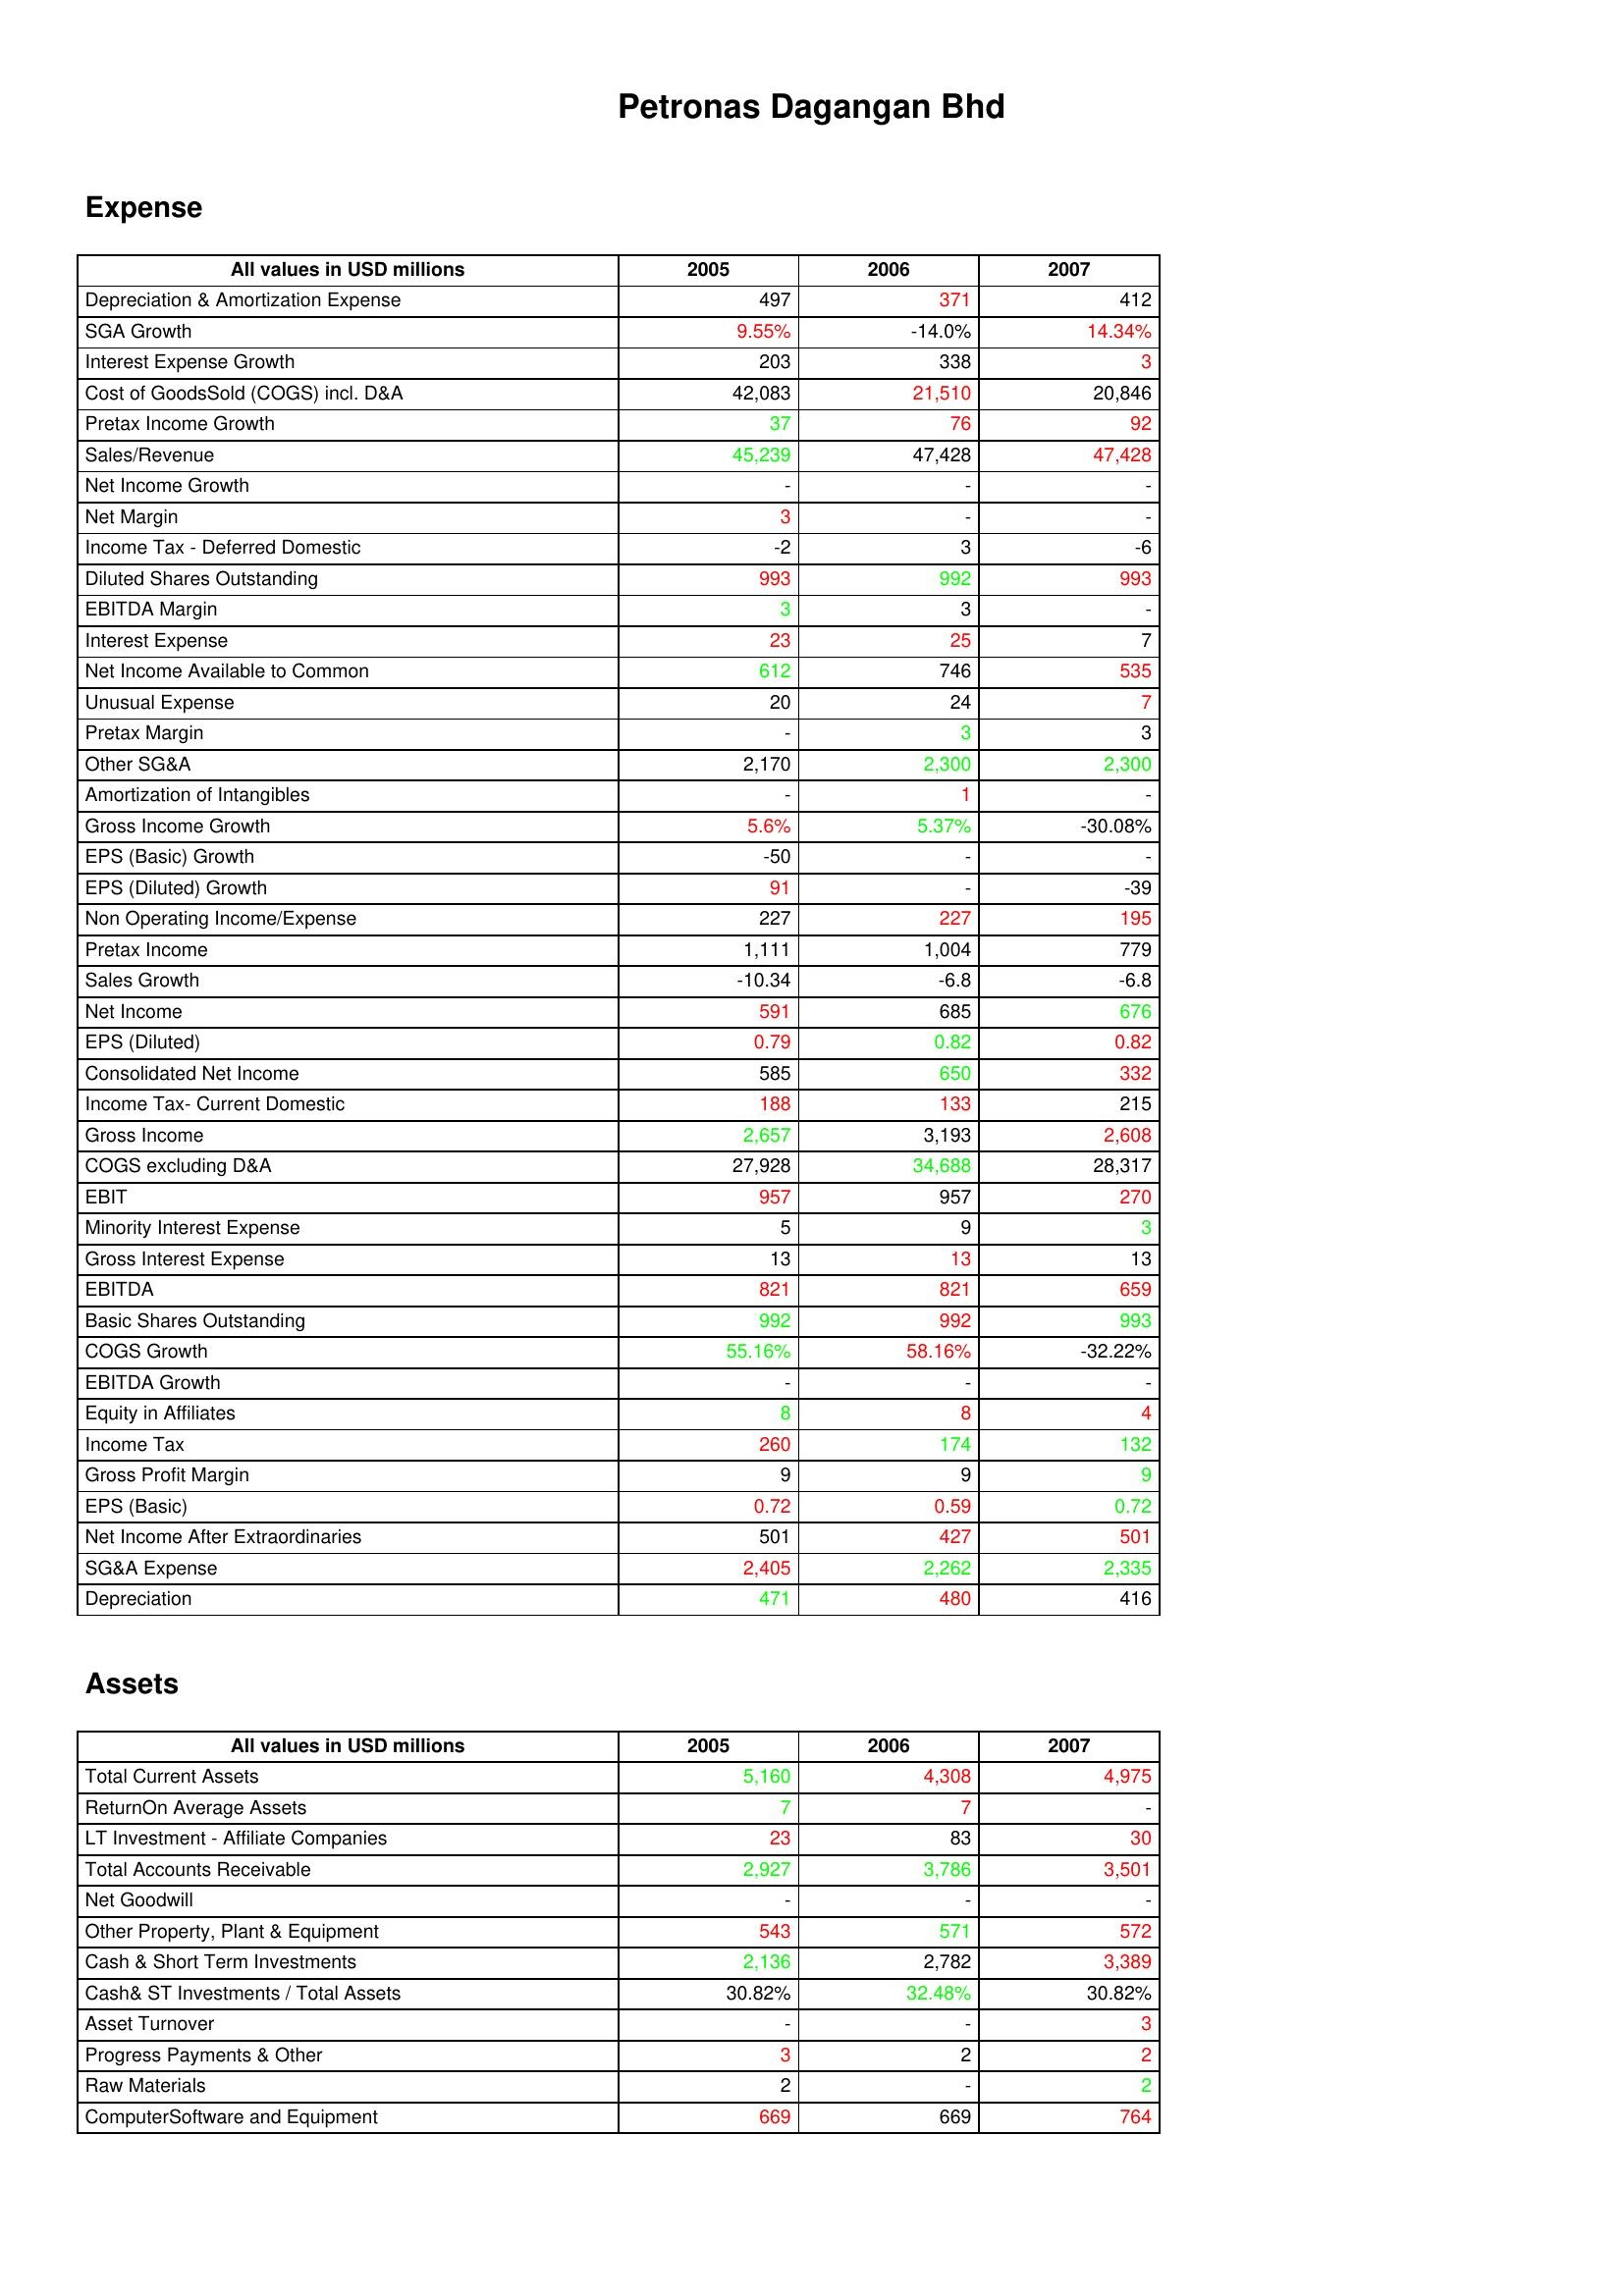
gt_parse: 2005: Expense: Depreciation & Amortization Expense: 497
SGA Growth: 9.55%
Interest Expense Growth: 203
Cost of GoodsSold (COGS) incl. D&A: 42,083
Pretax Income Growth: 37
Sales/Revenue: 45,239
Net Income Growth: -
Net Margin: 3
Income Tax - Deferred Domestic: -2
Diluted Shares Outstanding: 993
EBITDA Margin: 3
Interest Expense: 23
Net Income Available to Common: 612
Unusual Expense: 20
Pretax Margin: -
Other SG&A: 2,170
Amortization of Intangibles: -
Gross Income Growth: 5.6%
EPS (Basic) Growth: -50
EPS (Diluted) Growth: 91
Non Operating Income/Expense: 227
Pretax Income: 1,111
Sales Growth: -10.34
Net Income: 591
EPS (Diluted): 0.79
Consolidated Net Income: 585
Income Tax- Current Domestic: 188
Gross Income: 2,657
COGS excluding D&A: 27,928
EBIT: 957
Minority Interest Expense: 5
Gross Interest Expense: 13
EBITDA: 821
Basic Shares Outstanding: 992
COGS Growth: 55.16%
EBITDA Growth: -
Equity in Affiliates: 8
Income Tax: 260
Gross Profit Margin: 9
EPS (Basic): 0.72
Net Income After Extraordinaries: 501
SG&A Expense: 2,405
Depreciation: 471
Assets: Total Current Assets: 5,160
ReturnOn Average Assets: 7
LT Investment - Affiliate Companies: 23
Total Accounts Receivable: 2,927
Net Goodwill: -
Other Property, Plant & Equipment: 543
Cash & Short Term Investments: 2,136
Cash& ST Investments / Total Assets: 30.82%
Asset Turnover: -
Progress Payments & Other: 3
Raw Materials: 2
ComputerSoftware and Equipment: 669
2006: Expense: Depreciation & Amortization Expense: 371
SGA Growth: -14.0%
Interest Expense Growth: 338
Cost of GoodsSold (COGS) incl. D&A: 21,510
Pretax Income Growth: 76
Sales/Revenue: 47,428
Net Income Growth: -
Net Margin: -
Income Tax - Deferred Domestic: 3
Diluted Shares Outstanding: 992
EBITDA Margin: 3
Interest Expense: 25
Net Income Available to Common: 746
Unusual Expense: 24
Pretax Margin: 3
Other SG&A: 2,300
Amortization of Intangibles: 1
Gross Income Growth: 5.37%
EPS (Basic) Growth: -
EPS (Diluted) Growth: -
Non Operating Income/Expense: 227
Pretax Income: 1,004
Sales Growth: -6.8
Net Income: 685
EPS (Diluted): 0.82
Consolidated Net Income: 650
Income Tax- Current Domestic: 133
Gross Income: 3,193
COGS excluding D&A: 34,688
EBIT: 957
Minority Interest Expense: 9
Gross Interest Expense: 13
EBITDA: 821
Basic Shares Outstanding: 992
COGS Growth: 58.16%
EBITDA Growth: -
Equity in Affiliates: 8
Income Tax: 174
Gross Profit Margin: 9
EPS (Basic): 0.59
Net Income After Extraordinaries: 427
SG&A Expense: 2,262
Depreciation: 480
Assets: Total Current Assets: 4,308
ReturnOn Average Assets: 7
LT Investment - Affiliate Companies: 83
Total Accounts Receivable: 3,786
Net Goodwill: -
Other Property, Plant & Equipment: 571
Cash & Short Term Investments: 2,782
Cash& ST Investments / Total Assets: 32.48%
Asset Turnover: -
Progress Payments & Other: 2
Raw Materials: -
ComputerSoftware and Equipment: 669
2007: Expense: Depreciation & Amortization Expense: 412
SGA Growth: 14.34%
Interest Expense Growth: 3
Cost of GoodsSold (COGS) incl. D&A: 20,846
Pretax Income Growth: 92
Sales/Revenue: 47,428
Net Income Growth: -
Net Margin: -
Income Tax - Deferred Domestic: -6
Diluted Shares Outstanding: 993
EBITDA Margin: -
Interest Expense: 7
Net Income Available to Common: 535
Unusual Expense: 7
Pretax Margin: 3
Other SG&A: 2,300
Amortization of Intangibles: -
Gross Income Growth: -30.08%
EPS (Basic) Growth: -
EPS (Diluted) Growth: -39
Non Operating Income/Expense: 195
Pretax Income: 779
Sales Growth: -6.8
Net Income: 676
EPS (Diluted): 0.82
Consolidated Net Income: 332
Income Tax- Current Domestic: 215
Gross Income: 2,608
COGS excluding D&A: 28,317
EBIT: 270
Minority Interest Expense: 3
Gross Interest Expense: 13
EBITDA: 659
Basic Shares Outstanding: 993
COGS Growth: -32.22%
EBITDA Growth: -
Equity in Affiliates: 4
Income Tax: 132
Gross Profit Margin: 9
EPS (Basic): 0.72
Net Income After Extraordinaries: 501
SG&A Expense: 2,335
Depreciation: 416
Assets: Total Current Assets: 4,975
ReturnOn Average Assets: -
LT Investment - Affiliate Companies: 30
Total Accounts Receivable: 3,501
Net Goodwill: -
Other Property, Plant & Equipment: 572
Cash & Short Term Investments: 3,389
Cash& ST Investments / Total Assets: 30.82%
Asset Turnover: 3
Progress Payments & Other: 2
Raw Materials: 2
ComputerSoftware and Equipment: 764